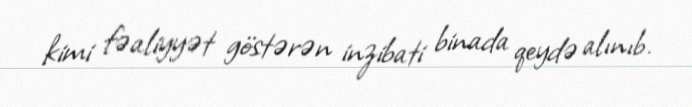
kimi fəaliyyət göstərən inzibati binada qeydə alınıb.